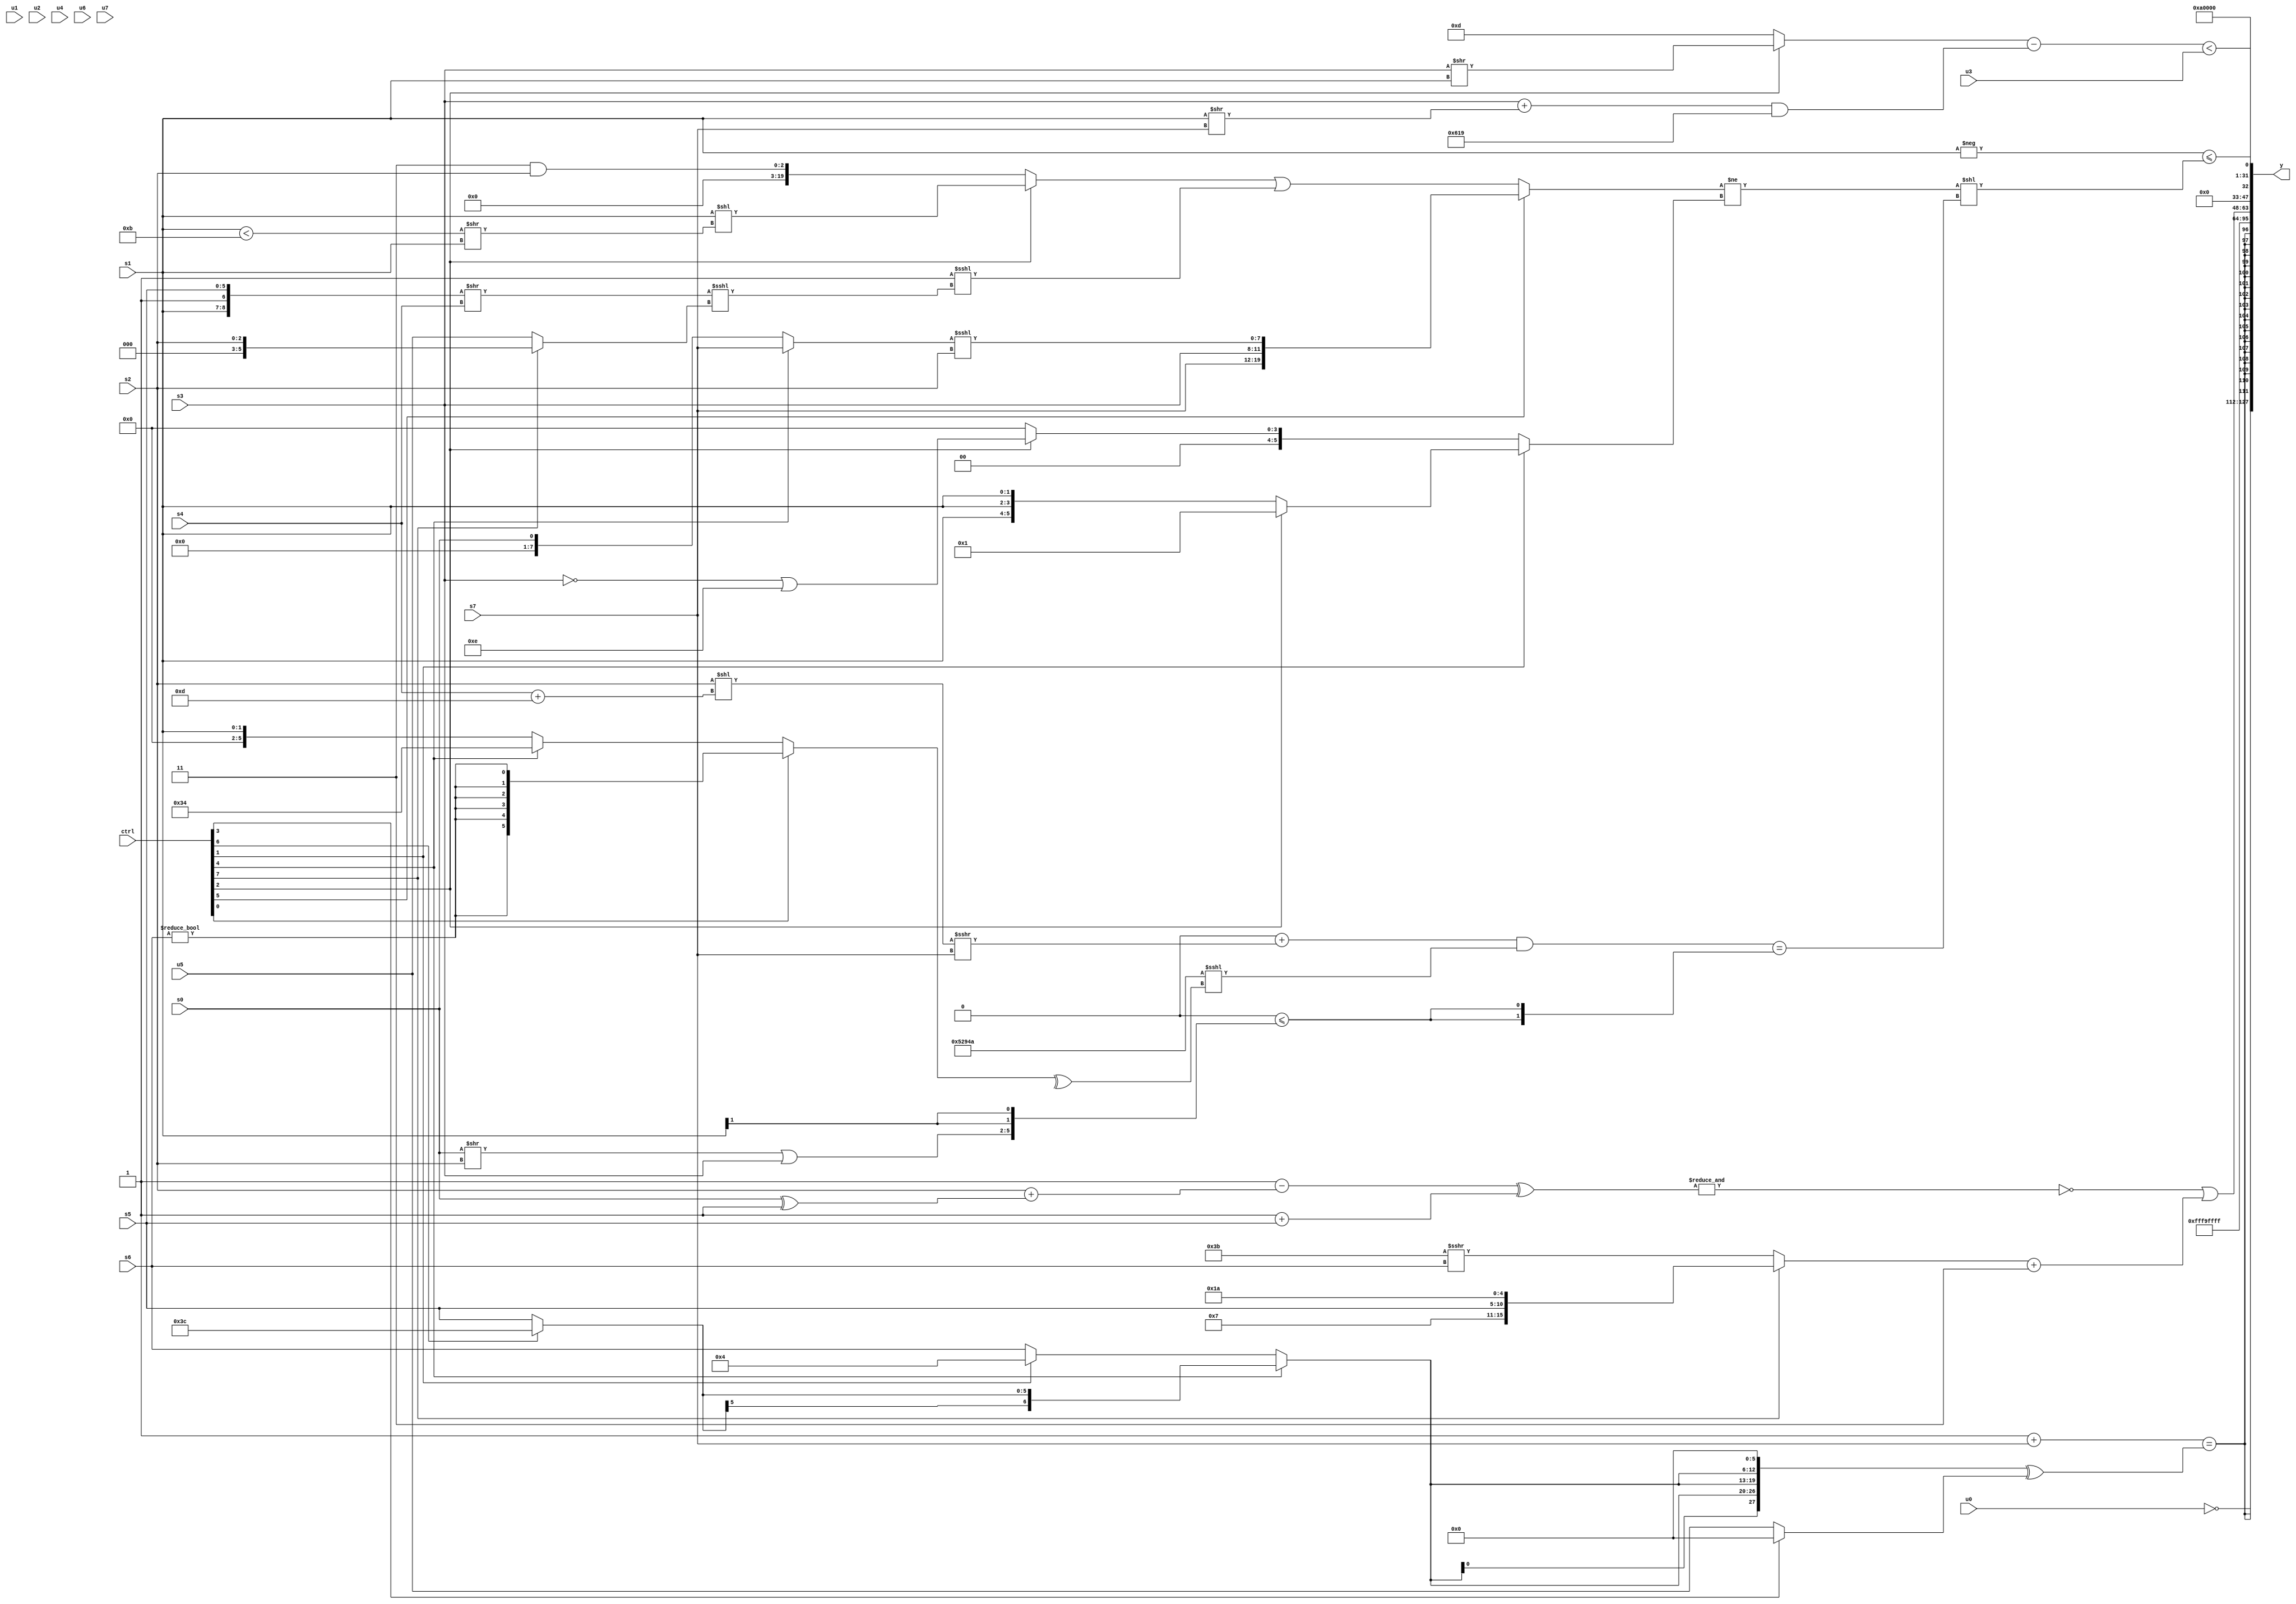
module wideexpr_00498(ctrl, u0, u1, u2, u3, u4, u5, u6, u7, s0, s1, s2, s3, s4, s5, s6, s7, y);
  input [7:0] ctrl;
  input [0:0] u0;
  input [1:0] u1;
  input [2:0] u2;
  input [3:0] u3;
  input [4:0] u4;
  input [5:0] u5;
  input [6:0] u6;
  input [7:0] u7;
  input signed [0:0] s0;
  input signed [1:0] s1;
  input signed [2:0] s2;
  input signed [3:0] s3;
  input signed [4:0] s4;
  input signed [5:0] s5;
  input signed [6:0] s6;
  input signed [7:0] s7;
  output [127:0] y;
  wire [15:0] y0;
  wire [15:0] y1;
  wire [15:0] y2;
  wire [15:0] y3;
  wire [15:0] y4;
  wire [15:0] y5;
  wire [15:0] y6;
  wire [15:0] y7;
  assign y = {y0,y1,y2,y3,y4,y5,y6,y7};
  assign y0 = ~(u0);
  assign y1 = $signed(((1'sb1)+(s7))==(+((({4{(ctrl[4]?(ctrl[6]?4'sb1100:s5):(ctrl[1]?4'sb0100:s6))}})<<<(5'sb00110))^((ctrl[3]?+(((1'b1)|(u3))>>>(5'sb11101)):u5)))));
  assign y2 = 5'sb11001;
  assign y3 = 1'sb1;
  assign y4 = (~&(((1'sb1)-((s2)+((s0)^(1'sb1))))^((1'sb1)+(s5))))|({{s5,((ctrl[7]?{4'b0100,4'sb0111,s5,5'b11010}:(6'b111011)>>>(s6)))+(3'sb011)}});
  assign y5 = ($unsigned($unsigned(-(s1))))<=((((ctrl[5]?$signed({s7,s3,((ctrl[4]?$unsigned(s7):$signed(s0)))<<<(s2)}):((ctrl[2]?($signed(s1))<<(((s1)<(4'sb1011))>>(s1)):(2'sb11)&(s2)))|(($signed({(5'b11010)<<(4'b1010),$signed(1'sb1)}))<<<((({s1,1'sb1,s5})>>(s4))<<<({1{(ctrl[7]?s2:u5)}})))))!=((ctrl[1]?+((ctrl[2]?1'sb1:{3{$unsigned(s1)}})):(ctrl[2]?($signed(!(s3)))|(4'sb1110):(ctrl[1]?+((+(2'sb11))!=((ctrl[6]?1'sb0:s6))):1'sb0)))))<<((((~^(4'sb1011))+($signed((($signed(s2))<<((s4)+(5'sb01101)))>>>(s7))))&(({4{-(-((5'sb00101)<<<(3'b001)))}})<<<(^((ctrl[0]?$signed((s6)!=(3'sb000)):$signed((ctrl[4]?6'b110100:s1)))))))==({2{$signed((~|(1'sb1))<=({((s0)>>(s2))|(s3),(s1)>>>($signed(3'b010))}))}})));
  assign y6 = $signed(6'b010100);
  assign y7 = (((ctrl[2]?(s3)>>(s1):5'sb01101))-((($signed(s3))+((s1)>>(s7)))&(-({2{6'sb100111}}))))<($signed(u3));
endmodule